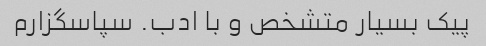
پیک بسیار متشخص و با ادب. سپاسگزارم